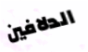
الدلافين